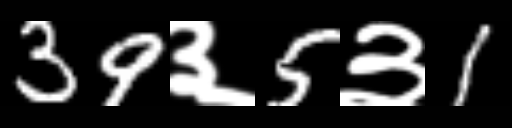
Text: 39३5३1